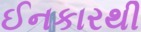
ઈનકારથી